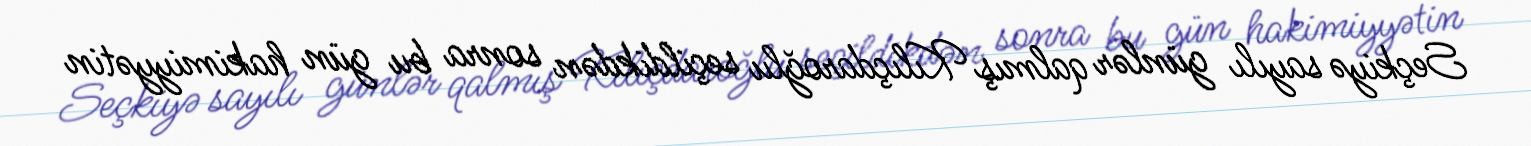
Seçkiyə sayılı günlər qalmış Kılıçdaroğlu seçildikdən sonra bu gün hakimiyyətin